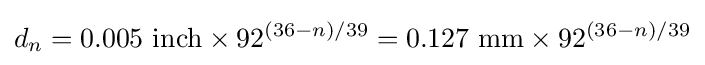
d_{n}=0.005~\mathrm {inch} \times 92^{(36-n)/39}=0.127~\mathrm {mm} \times 92^{(36-n)/39}